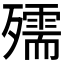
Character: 𭮥